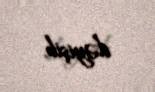
dəyişib.